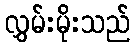
လွှမ်းမိုးသည်